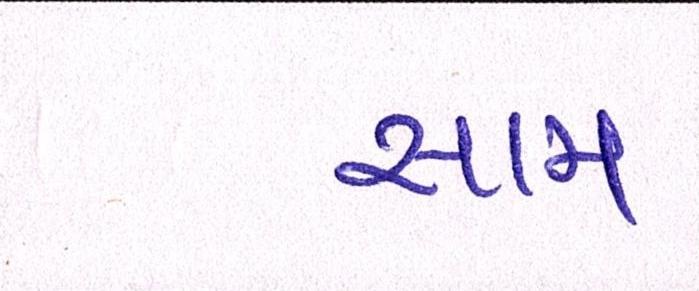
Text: સામ